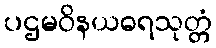
ပဌမဝိနယဓရသုတ္တံ